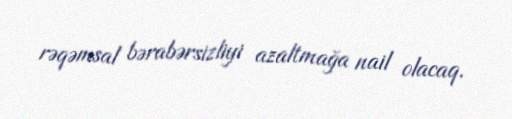
rəqəmsal bərabərsizliyi azaltmağa nail olacaq.